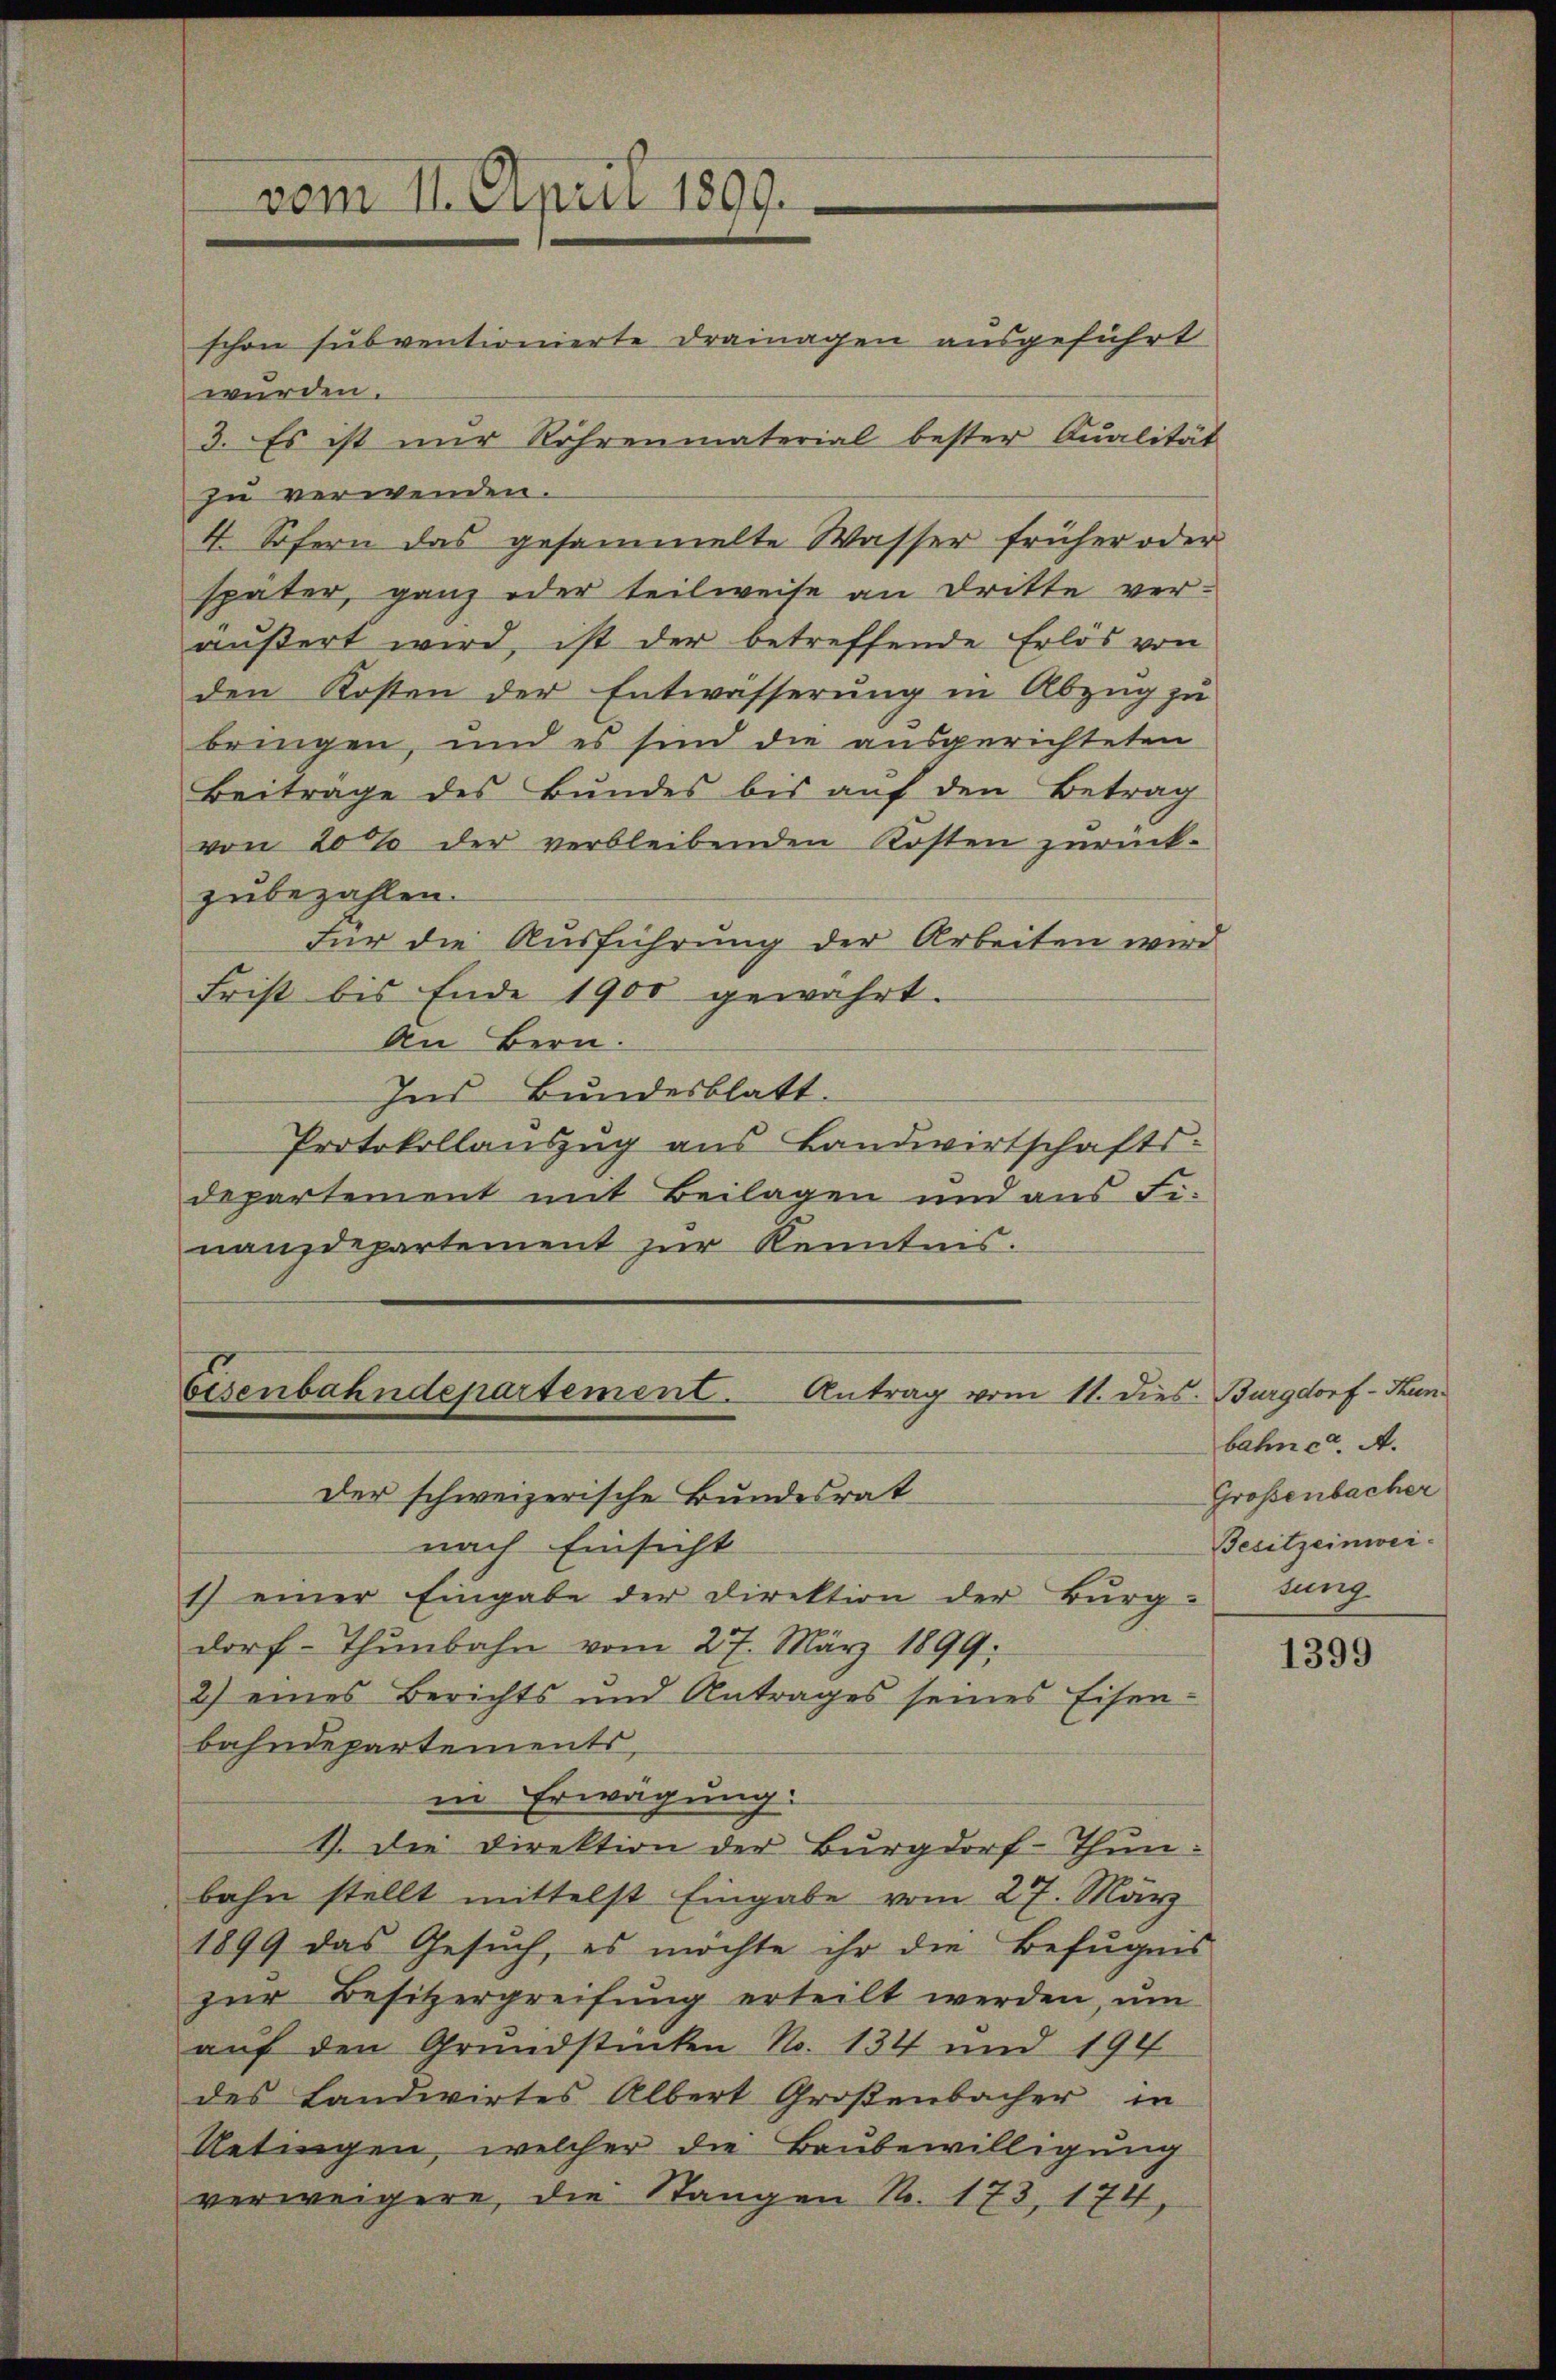
vom 11. April 1899.

wurden.
zu verwenden.
4. Sofern das gesammelte Wasser früher oder
später, ganz oder teilweise an Dritte ver-
äußert wird, ist der betreffende Erlös von
den Kosten der Entwässerung in Abzug zu
bringen, und es sind die ausgerichteten
Beiträge des Bundes bis auf den Betrag
von 20% der verbleibenden Kosten zurückzubezahlen.
Für die Ausführung der Arbeiten wird
Frist bis Ende 1900 gewährt.
An Bern.
Ins Bundesblatt.
Protokollauszug aus Landwirtschafts-
departement mit Beilagen und aus Finanzdepartement zur Kenntnis.

schon subventionierte Drainagen ausgeführt
3. Es ist nŭr Röhrenmaterial bester Qualität

Eisenbahndepartement. Antrag vom 11. dies. Burgdorf - Hun¬
Der schweizerische Bundesrat

nach Einsicht
1) einer Eingabe der Direktion der Bŭrg-tung
dorf-Thŭnbahn vom 27. März 1899.
2) eines Berichts und Antrages seines Eisen-
bahndepartements,
in Erwägung:
1). Die Direktion der Burgdorf-Thunbahn stellt mittelst Eingabe vom 27. März
1899 das Gesŭch, es möchte ihr die Befugnis
zŭr Besitzergreifung erteilt werden, ŭm
auf den Grundstücken No. 134 und 194
des Landwirtes Albert Großenbacher in
Uetingen, welcher die Baubewilligung
verweigere, die Stangen No. 173, 174,

bahn ed. A.
Großenbacher
Besitzeinwei¬

1399